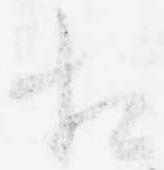
相